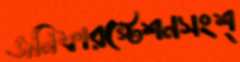
জনিফারস্টেশনসংশ্